Lunatic asylums Burma 1922-24 - 1922-1924
Year: 1922
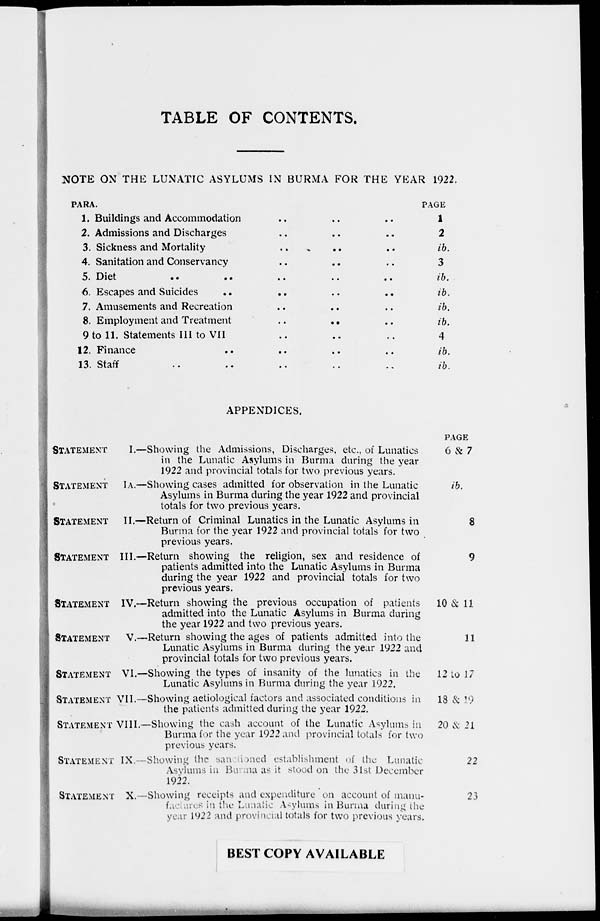
TABLE OF CONTENTS.
NOTE ON THE LUNATIC ASYLUMS IN BURMA FOR THE YEAR 1922.
PARA.
1.
2.
3.
4.
5.
6.
7.
8.
9
12.
13.
Buildings and Accommodation .. .. ..
Admissions and Discharges .. .. ..
Sickness and Mortality .. .. ..
Sanitation and Conservancy .. .. ..
Diet
..
..
..
..
..
Escapes and Suicides
..
..
..
Amusements and Recreation .. .. ..
Employment and Treatment
..
..
..
to 11. Statements III to VII .. .. ..
Finance .. .. .. .. ..
Staff
..
..
..
..
..
PAGE
1
2
ib.
3
ib.
ib.
ib.
ib.
4
ib.
ib.
APPENDICES.
STATEMENT
I.—Showing the Admissions, Discharges, etc., of Lunatics
in the Lunatic Asylums in Burma during the year
1922 and provincial totals for two previous years.
STATEMENT IA.—Showing cases admitted for observation in the Lunatic
Asylums in Burma during the year 1922 and provincial
totals for two previous years.
STATEMENT II.—Return of Criminal Lunatics in the Lunatic Asylums in
Burma for the year 1922 and provincial totals for two
previous years.
STATEMENT III.—Return showing the religion, sex and residence of
patients admitted into the Lunatic Asylums in Burma
during the year 1922 and provincial totals for two
previous years.
STATEMENT IV.—Return showing the previous occupation of patients
admitted into the Lunatic Asylums in Burma during
the year 1922 and two previous years.
STATEMENT
V.—Return showing the ages of patients admitted into the
Lunatic Asylums in Burma during the year 1922 and
provincial totals for two previous years.
STATEMENT VI.—Showing the types of insanity of the lunatics in the
Lunatic Asylums in Burma during the year 1922.
STATEMENT VII.—Showing ætiological factors and associated conditions in
the patients admitted during the year 1922.
STATEMENT VIII.—Showing the cash account of the Lunatic Asylums in
Burma for the year 1922 and provincial totals for two
previous years.
STATEMENT IX.—Showing the sansationed establishment of the Lunatic
Asylums in Burma as it stood on the 31st December
1922.
STATEMENT X.—Showing receipts and expenditure on account of manu-
factures in the Lunatic Asylums in Burma during the
year 1922 and provincial totals for two previous years.
PAGE
6 & 7
ib.
8
9
10 & 11
11
12 to 17
18 & 19
20 & 21
22
23
BEST COPY AVAILABLE